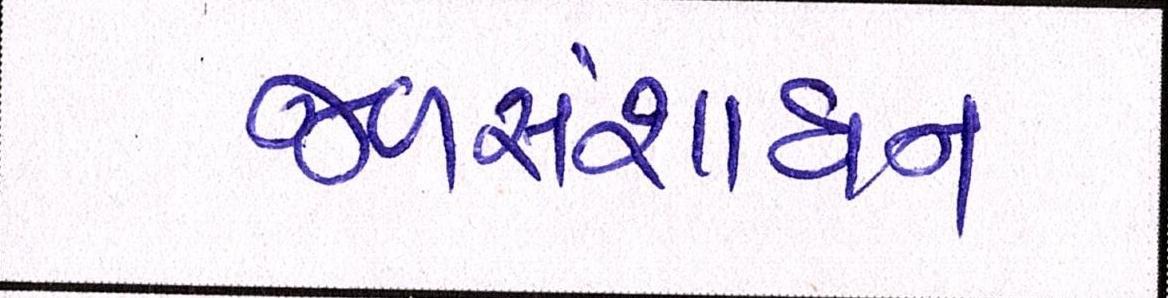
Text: જળસંશાધન